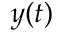
y ( t )